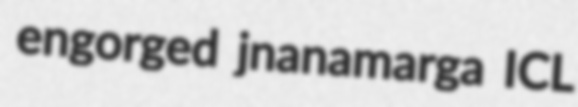
engorged jnanamarga ICL